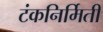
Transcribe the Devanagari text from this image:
टंकनिर्मिती